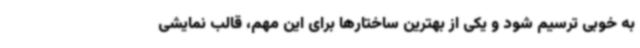
به خوبی ترسیم شود و یکی از بهترین ساختارها برای این مهم، قالب نمایشی